Medical and sanitary report of the native army of Bengal for the year
Year: 1876
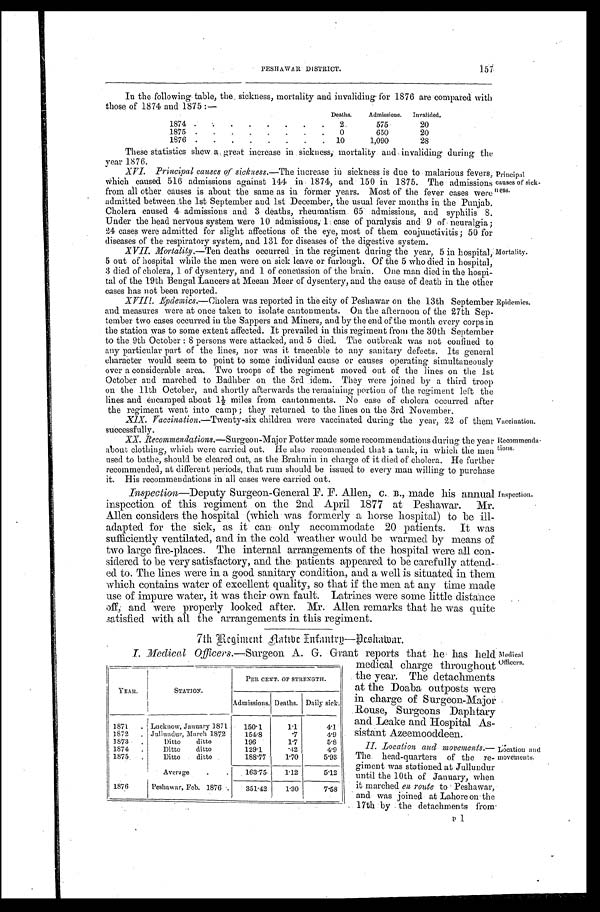
157
PESHAWAR DISTRICT.
In the following table, the mortality and invaliding for 1876 are compared with
those of 1874 and 1875:—
Deaths. Admissions. Invalided.
1874
2
575
20
1875
0
650
20
1876
10
1,090
28
These statistics shew a, great increase in sickness, mortality and, invaliding during the
year 1876.
XVI. Principal causes of sickness. —The increase in sickness is due to malarious fevers,
Which caused 516 admissions against 144 in 1874, and 150 in 1875. The admissions
from all other causes is about the same as in fornier years. Most of the fever cases were
admitted between the 1st September and 1st December, the usual fever months in the Punjab.
Cholera caused 4 admissions and 3 deaths, rheumatism 65 admissions, and syphilis 8.
Under the head nervous system were 10 admissions, 1 case of paralysis and 9 of neuralgia;
24 cases were admitted for slight affections of the eye, most of them conjunctivitis; 50 for
diseases of the respiratory system, and 131 for diseases of the digestive .system.
Principal causes of sick-ness.
XVII. Mortality.—Ten deaths occurred in the regiment during the year, 5 in hospital,
5 out of hospital while the men were on sick leave or furlough. Of the 5 who died in hospital,
3 died of cholera, 1 of dysentery, and 1 of concussion of the brain. One man died in the hospi
-tal of the 19th Bengal Lancers at Meean Meer of dysentery, and the cause of death in the other
cases has not been reported.
Mortality. XVIII. Epdemics.—Cholera was reported in the city of Peshawar on the 13th September
and measures were at once taken to isolate cantonments. On the afternoon of the 27th Sep
-tember two cases occurred in the Sappers and Miners, and by the end of the month every corps in
the station was to some extent affected. It prevailed in this regiment from the 30th September
to the . 9th October: 8 persons were attacked, and 5 died. The outbreak was not confined to
any particular part of the lines, nor was it traceable to any sanitary defects. Its general
character would seem to point to some individual cause or causes operating simultaneously
over a considerable area. Two troops of the regiment moved out of the lines on the 1st
October and marched to Badhber on the 3rd idem. They were joined by a third troop
on the 11th October, and shortly afterwards the remaining portion of the regiment left the
lines and encamped about 1½ miles from cantonments. No case of cholera occurred after
the regiment went into camp; they returned to the lines on the 3rd November.
Epidemics.
XIX. Vaccination. —Twenty-six children were vaccinated during the year, 22 of them
successfully.
Vaccination.
XX. Recommendations.—Surgeon-Major Potter made some recommendations during the year
about clothing, which were carried out. He also recommended that a tank, in which the men
used to bathe, should be cleared out, as the Brahmin in charge of it died of cholera. He further
recommended, at different periods, that rum should be issued to every man willing to purchase
it. His recommendations in all cases were carried out.
Recommenda
-tions.
Inspection—Deputy Surgeon-General F. F. Allen; C. B., made his annual
inspection of this regiment on the 2nd April 1877 at Peshawar. Mr.
Allen considers the hospital (which was formerly a horse hospital) to be ill-
adapted for the sick, as it can only accommodate 20 patients. It was
sufficiently ventilated, and in the cold weather would be warmed by means of
two large fire-places. The internal arrangements of the hospital were all con
-sidered to be very satisfactory, and the patients appeared to be carefully attend
-ed to. The lines were in a good sanitary condition, and a well is situated in them
which contains water of excellent quality, so that if the men at any time made
use of impure water, it was their own fault. Latrines were some little distance
off, and were properly looked after. Mr. Allen remarks that he was quite
satisfied with all the arrangements in this regiment.
Inspection.
7th Regiment Native Infantry—Peshawar.
I. Medical 0fficers.—Surgeon A. G. Grant reports that he has held
medical charge throughout
the year. The detachments
at the Doaba outposts were
in charge of Surgeon-Major
Rouse, Surgeons Daphtary
and Leake and Hospital As
-sistant Azeemooddeen.
Medical
Officers
.
II. Location and movements.—
The. head-quarters of the re-
giment was stationed at Jullundur
until the 10th of January, when
it marched en route to Peshawar,
and was joined at Lahore on the
17th by the detachments from
Location and
movements.
YEAR.
STATION.
PER CENT. OF STRENGTH.
Admissions. Deaths. Daily sick.
1871
Lucknow, January 1871 150.1
1.1
4.1
1872
Jullundur, March 1872
154.8
. 7
4.9
1873
Ditto ditto
196
1.7
5.8
1874
Ditto ditto
129.1
.42
4.9
1875
Ditto ditto
188.77
1 . 7
5.93
Average
163.75 1.12
5.12
1876
Peshawar, Feb. 1876
351.42 1.30
7.58
P l